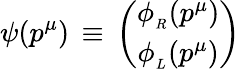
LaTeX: \psi(p^{\mu})\, \equiv\, \left(\begin{array}{c}{{\phi_{_R}(p^{\mu})}}\\ {{\phi_{_L}(p^{\mu})}}\end{array}\right)